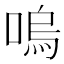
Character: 嗚